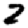
Digit: 2